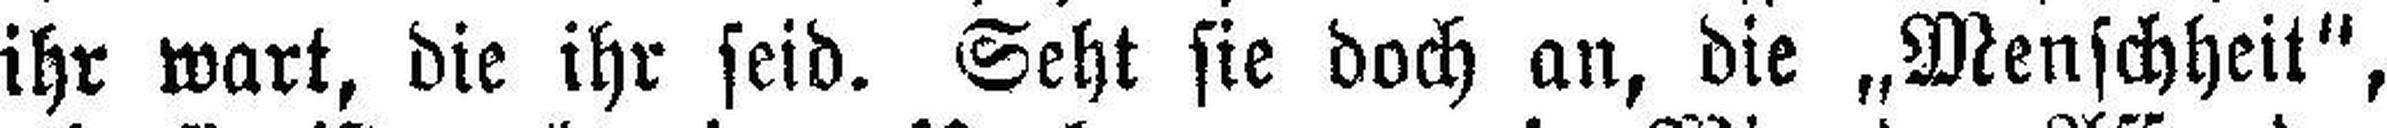
ihr wart, die ihr seid. Seht sie doch an, die „Menschheit",